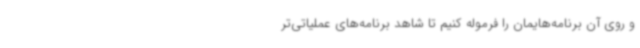
و روی آن برنامه‌هایمان را فرموله کنیم تا شاهد برنامه‌های عملیاتی‌تر